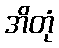
အိတုံ